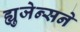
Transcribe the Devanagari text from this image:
ह्युजेन्सने